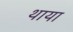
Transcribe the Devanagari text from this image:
थाया